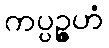
ကပ္ပဉ္ဇဟံ